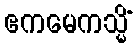
ဧကမေကသ္မိံ